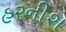
હરનીશ